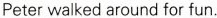
Peter walked around for fun.